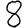
Digit: 8